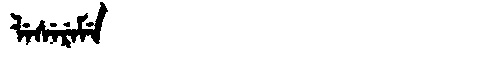
Manchu: ᠯᡝᠰᡝᡵᡝᠮᡝ
Romanization: LESEREME